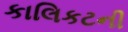
કાલિકટની